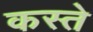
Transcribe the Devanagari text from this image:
कस्‍ते